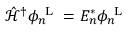
\hat { \mathcal { H } } ^ { \dagger } \phi _ { n } ^ { \mathrm { ~ L ~ } } = E _ { n } ^ { * } \phi _ { n } ^ { \mathrm { ~ L ~ } }